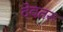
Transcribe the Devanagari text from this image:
देवतरु